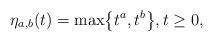
LaTeX: \begin{align*}\eta_{a, b}(t)=\max\bigl\{t^a, t^b\bigr\}, t\ge 0,\end{align*}